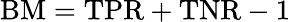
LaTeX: \mathrm{BM}=\mathrm{TPR}+\mathrm{TNR}-1